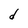
Character: d